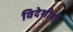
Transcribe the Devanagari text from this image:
विदेशीयों